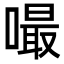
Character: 嘬